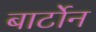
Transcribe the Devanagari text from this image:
बार्टोन